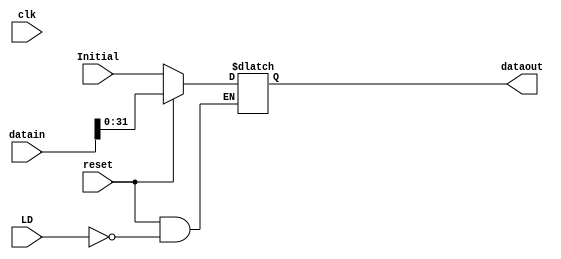
`timescale 1ns / 1ps

module IF_ID(
    input clk,
    input LD,
    input reset,
    input [77:0] datain,
    
    input [31:0] Initial,
    
    output reg [31:0] dataout
    );
    // at every clock cycle check for reset or data module load
    always @(clk)
    begin
        if(!reset)
            dataout <= Initial;
        else
            if(LD)
                dataout <= datain;
    end
endmodule